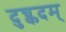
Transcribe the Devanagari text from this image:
दुच्कदम्